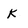
Character: k